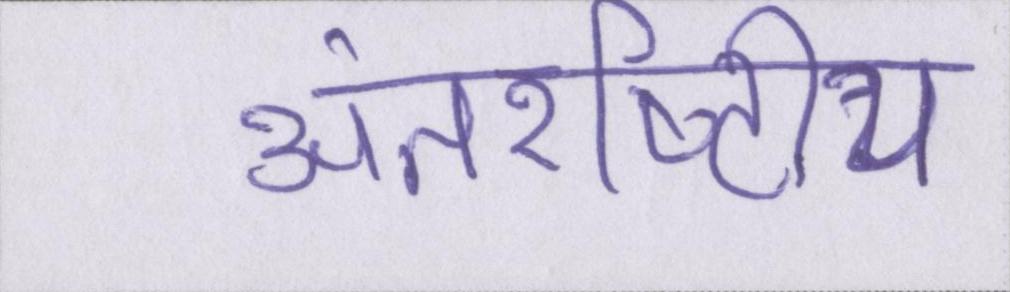
अंतर्राष्ट्रीय